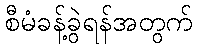
စီမံခန့်ခွဲရန်အတွက်